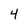
Character: 4